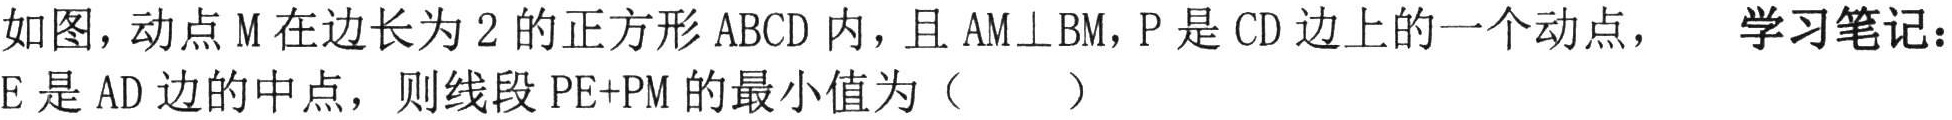
如图，动点\(M\)在边长为\(2\)的正方形\(ABCD\)内，且\(AM\perp BM\)，\(P\)是\(CD\)边上的一个动点，\(E\)是\(AD\)边的中点，则线段\(PE + PM\)的最小值为（  ）  学习笔记：